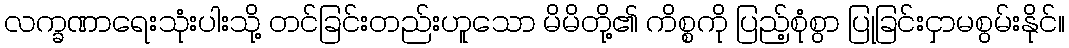
လက္ခဏာရေးသုံးပါးသို့ တင်ခြင်းတည်းဟူသော မိမိတို့၏ ကိစ္စကို ပြည့်စုံစွာ ပြုခြင်းငှာမစွမ်းနိုင်။